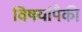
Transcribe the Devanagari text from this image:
विषयांपैकी